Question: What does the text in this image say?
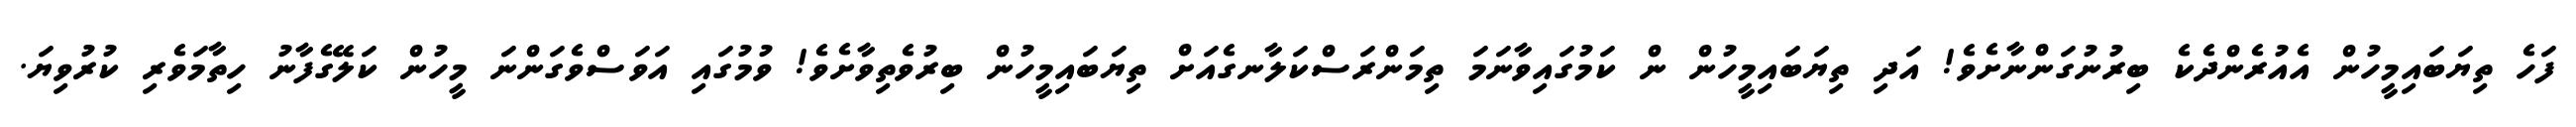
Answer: ފަހެ ތިޔަބައިމީހުން އެއުރެންދެކެ ބިރުނުގަންނާށެވެ! އަދި ތިޔަބައިމީހުން ން ކަމުގައިވާނަމަ ތިމަންރަސްކަލާނގެއަށް ތިޔަބައިމީހުން ބިރުވެތިވާށެވެ! ވުމުގައި އަވަސްވެގަންނަ މީހުން ކަލޭގެފާނު ހިތާމަވެރި ކުރުވިޔަ.